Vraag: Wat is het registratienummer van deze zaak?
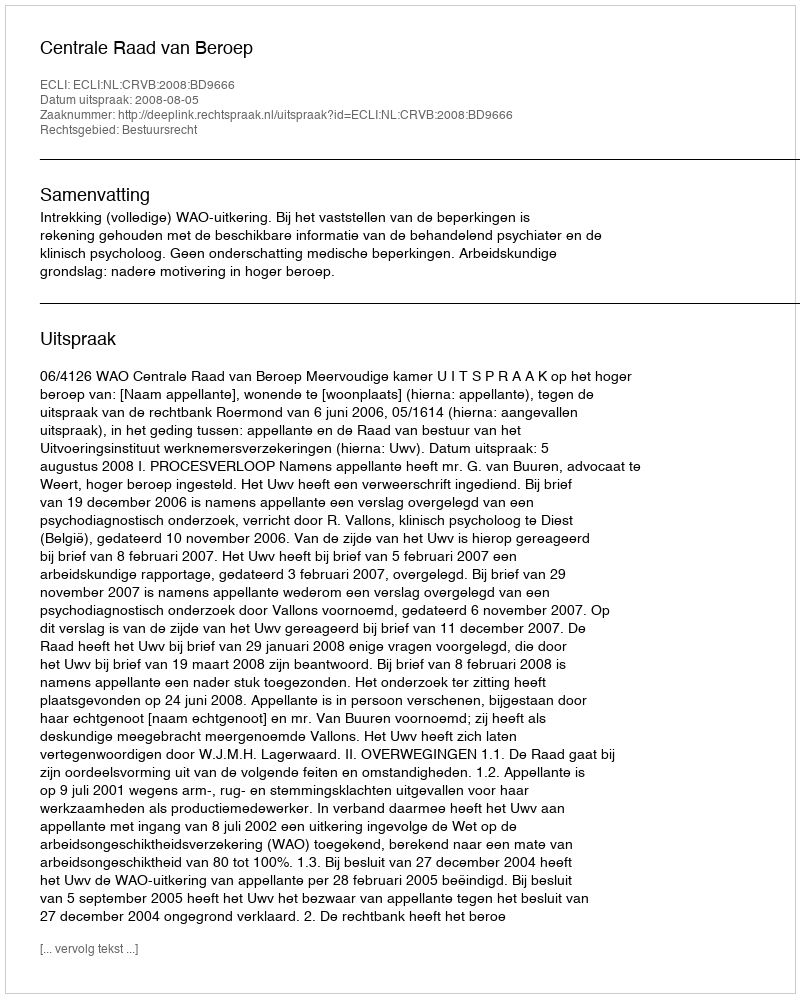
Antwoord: http://deeplink.rechtspraak.nl/uitspraak?id=ECLI:NL:CRVB:2008:BD9666